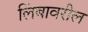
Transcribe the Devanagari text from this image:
लिंबावरील